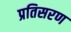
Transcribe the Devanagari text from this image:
प्रतिसरण